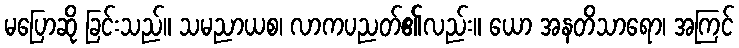
မပြောဆို ခြင်းသည်။ သမညာယစ၊ လာကပညတ်၏လည်း။ ယော အနတိသာရော၊ အကြင်